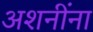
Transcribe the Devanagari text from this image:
अशनींना